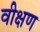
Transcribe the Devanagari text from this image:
वीक्षण